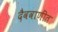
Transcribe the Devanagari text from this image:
दैववाणींत